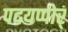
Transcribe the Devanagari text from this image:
पदयप्पोर्